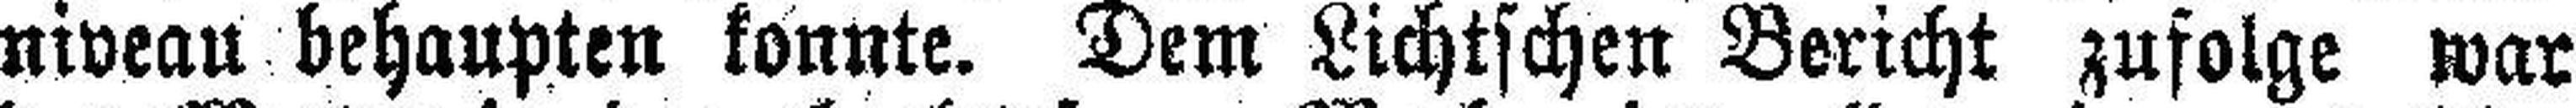
niveau behaupten konnte. Dem Lichtschen Bericht zufolge war